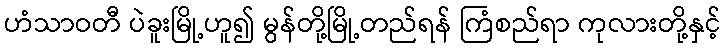
ဟံသာဝတီ ပဲခူးမြို့ဟူ၍ မွန်တို့မြို့တည်ရန် ကြံစည်ရာ ကုလားတို့နှင့်